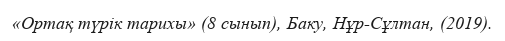
«Ортақ түрік тарихы» (8 сынып), Баку, Нұр-Сұлтан, (2019).